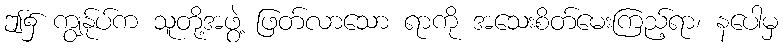
ဤ၌ ကျွန်ုပ်က သူတို့အဖွဲ့ ဖြတ်လာသော ရာကို အသေးစိတ်မေးကြည့်ရာ၊ နပေါမှ